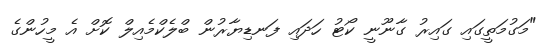
"މަގުމަތީގައި ގައިރު ގާނޫނީ ކޯޓު ހަދައި ފަނޑިޔާރުން ބްލެކްމެއިލް ކޮށް އެ މީހުންގެ